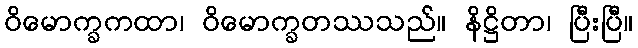
ဝိမောက္ခကထာ၊ ဝိမောက္ခတဿသည်။ နိဋ္ဌိတာ၊ ပြီးပြီ။